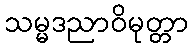
သမ္မဒညာဝိမုတ္တာ